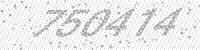
Solution: 750414